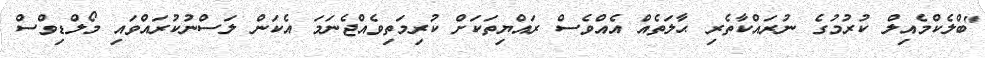
"ބްލެކްމެއިލް ކުރުމުގެ ނުރައްކާތެރި ޙާލަތެއް އެއްވެސް ރައްޔިތަކަށް ކުރިމަތިވެއްޖެނަމަ އެކަން ލަސްނުކުރައްވައި މޯލްޑިވްސް